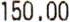
150.00